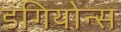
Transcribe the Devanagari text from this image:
डंगियोन्स